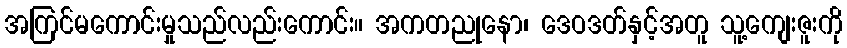
အကြင်မကောင်းမှုသည်လည်းကောင်း။ အကတညုနော၊ ဒေဝဒတ်နှင့်အတူ သူ့ကျေးဇူးကို